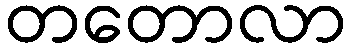
တတောလာ